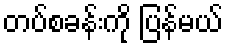
တပ်စခန်းကို ပြန်မယ်